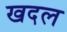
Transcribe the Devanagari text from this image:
खदल